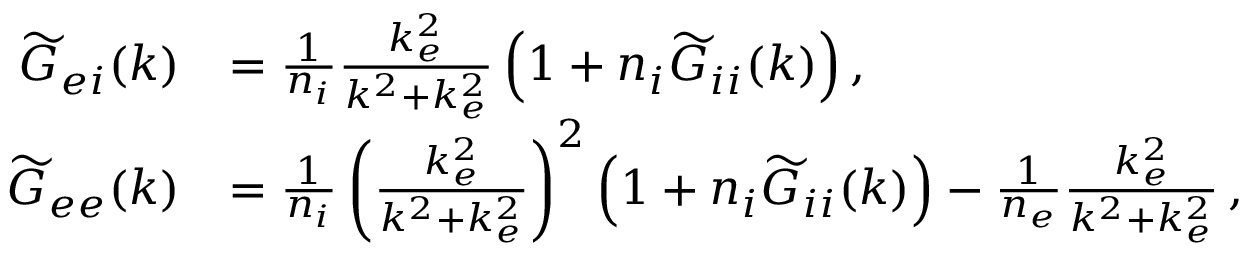
\begin{array} { r l } { \widetilde { G } _ { e i } ( \boldsymbol { k } ) } & { = \frac { 1 } { n _ { i } } \frac { k _ { e } ^ { 2 } } { k ^ { 2 } + k _ { e } ^ { 2 } } \left( 1 + n _ { i } \widetilde { G } _ { i i } ( \boldsymbol { k } ) \right) , } \\ { \widetilde { G } _ { e e } ( \boldsymbol { k } ) } & { = \frac { 1 } { n _ { i } } \left( \frac { k _ { e } ^ { 2 } } { k ^ { 2 } + k _ { e } ^ { 2 } } \right) ^ { 2 } \left( 1 + n _ { i } \widetilde { G } _ { i i } ( \boldsymbol { k } ) \right) - \frac { 1 } { n _ { e } } \frac { k _ { e } ^ { 2 } } { k ^ { 2 } + k _ { e } ^ { 2 } } \, , } \end{array}